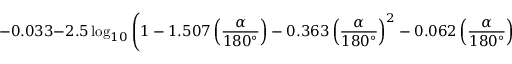
- 0 . 0 3 3 - 2 . 5 \log _ { 1 0 } { \left( 1 - 1 . 5 0 7 \left( { \frac { \alpha } { 1 8 0 ^ { \circ } } } \right) - 0 . 3 6 3 \left( { \frac { \alpha } { 1 8 0 ^ { \circ } } } \right) ^ { 2 } - 0 . 0 6 2 \left( { \frac { \alpha } { 1 8 0 ^ { \circ } } } \right) ^ { 3 } + 2 . 8 0 9 \left( { \frac { \alpha } { 1 8 0 ^ { \circ } } } \right) ^ { 4 } - 1 . 8 7 6 \left( { \frac { \alpha } { 1 8 0 ^ { \circ } } } \right) ^ { 5 } \right) }